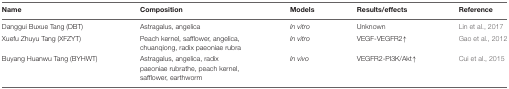
| Name | Composition | Models | Results/effects | Reference |
 | --- | --- | --- | --- | --- |
 | Danggui Buxue Tang (DBT) | Astragalus, angelica | In vitro | Unknown | Lin et al., 2017 |
 | Xuefu Zhuyu Tang (XFZYT) | Peach kernel, safflower, angelica, chuanqiong, radix paeoniae rubra | In vitro | VEGF-VEGFR2↑ | Gao et al., 2012 |
 | Buyang Huanwu Tang (BYHWT) | Astragalus, angelica, radix paeoniae rubrathe, peach kernel, safflower, earthworm | In vivo | VEGFR2-PI3K/Akt↑ | Cui et al., 2015 |